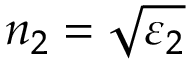
n _ { 2 } = \sqrt { \varepsilon _ { 2 } }